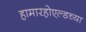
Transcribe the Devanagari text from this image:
हामारहोएल्डच्या